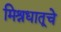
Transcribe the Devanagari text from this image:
मिश्रधातूचे